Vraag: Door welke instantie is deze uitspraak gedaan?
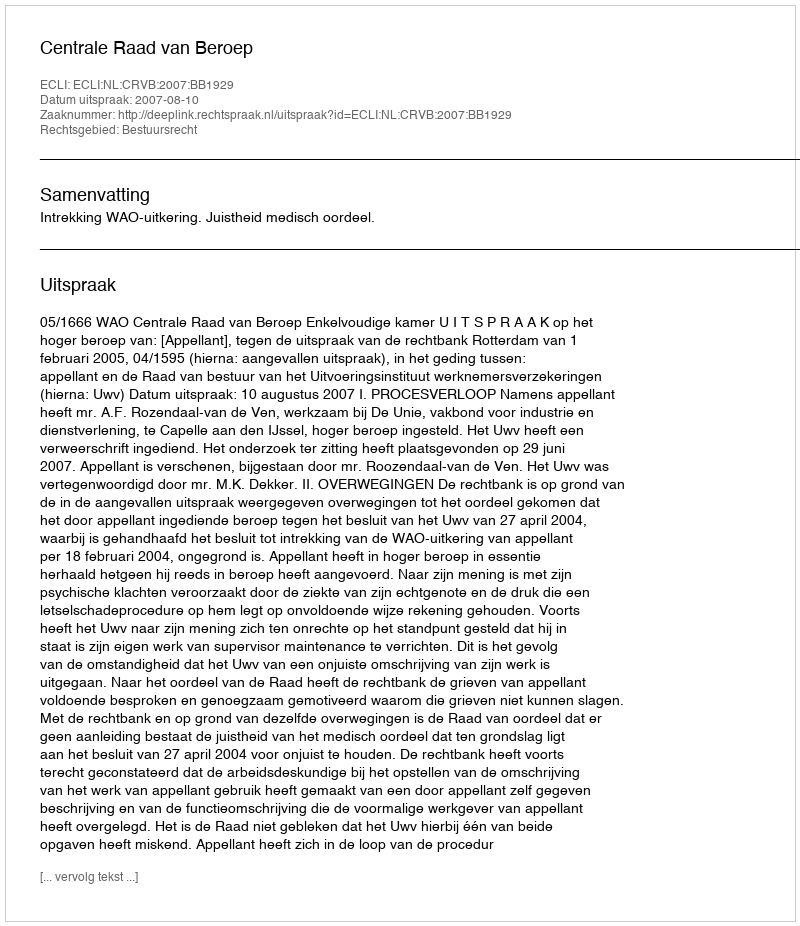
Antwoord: Centrale Raad van Beroep